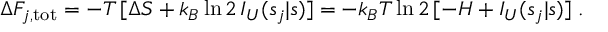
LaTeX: \Delta F _ { j , \mathrm { t o t } } = - T \, [ \Delta S + k _ { B } \ln 2 \, I _ { U } ( s _ { j } | s ) ] = - k _ { B } T \ln 2 \, [ - H + I _ { U } ( s _ { j } | s ) ] \; .